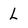
Character: L